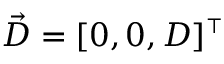
\vec { D } = [ 0 , 0 , D ] ^ { \scriptscriptstyle \top }